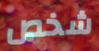
شخص